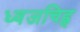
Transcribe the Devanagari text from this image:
ध्वजचिह्न